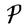
Character: P